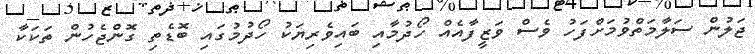
ޖަލުން ސަލާމަތްވުމަށްފަހު ވެސް ވަޒީފާއެއް ހޯދުމާއި ބައިވެރިޔަކު ހޯދުމުގައި ބޮޑެތި ގޮންޖެހުން ތަކަކާ